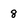
Character: 8